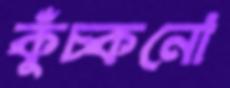
কুঁচ্‌কনো